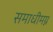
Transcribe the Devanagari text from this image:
समाधीमग्न